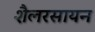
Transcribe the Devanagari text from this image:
शैलरसायन